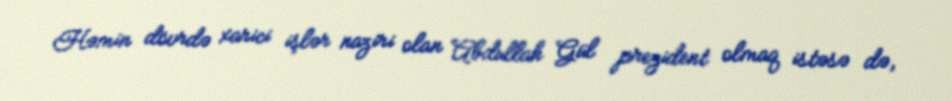
Həmin dövrdə xarici işlər naziri olan Abdullah Gül prezident olmaq istəsə də,